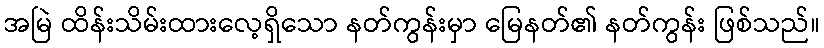
အမြဲ ထိန်းသိမ်းထားလေ့ရှိသော နတ်ကွန်းမှာ မြေနတ်၏ နတ်ကွန်း ဖြစ်သည်။